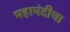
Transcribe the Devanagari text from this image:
महामंदीचा